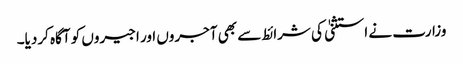
وزارت نے استثنیٰ کی شرائط سے بھی آجروں اور اجیروں کو آگاہ کردیا۔